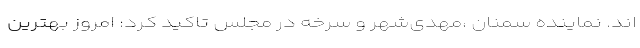
اند. نماینده سمنان ،مهدی‌شهر و سرخه در مجلس تاکید کرد: امروز بهترین